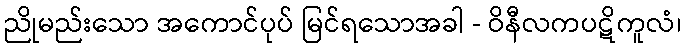
ညိုမည်းသော အကောင်ပုပ် မြင်ရသောအခါ - ဝိနီလကပဋိကူလံ၊